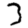
Digit: 3